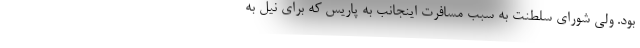
بود. ولی شورای سلطنت به سبب مسافرت اینجانب به پاریس که برای نیل به